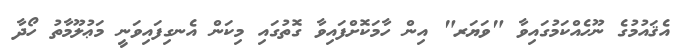
އެޤައުމުގެ ނޫހެއްކަމުގައިވާ "ވަޔަރ" އިން ހާމަކޮށްފައިވާ ގޮތުގައި މިކަން އެނގިފައިވަނީ މަޢުލޫމާތު ހޯދާ